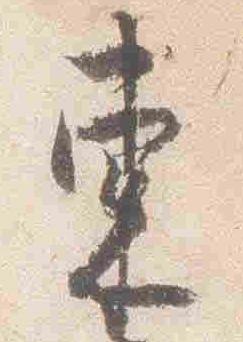
東